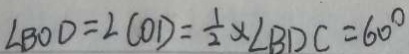
\angle B O D = \angle C O D = \frac { 1 } { 2 } \times \angle B D C = 6 0 ^ { \circ }